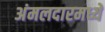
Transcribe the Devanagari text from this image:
अंमलदारमध्ये